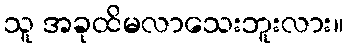
သူ အခုထိမလာသေးဘူးလား။